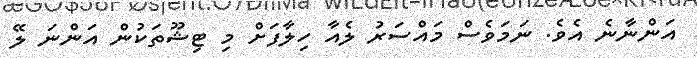
އަންނާނެ އެވެ. ނަމަވެސް މައްސަރު ލެއާ ހިލާފަށް މި ޓިޝޫތަކުން އަންނަ ލޭ